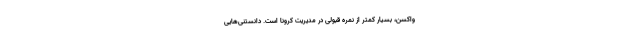
واکسن، بسیار کمتر از نمره قبولی در مدیریت کرونا است. دانستنی‌هایی